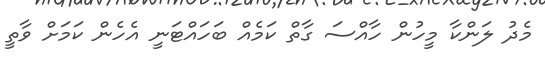
މެދު ލަންކާ މީހުން ހާއްސަ ގާތް ކަމެއް ބަހައްޓަނީ އެހެން ކަމަށް ވާތީ